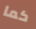
كما